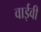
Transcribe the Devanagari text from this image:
वाईवी